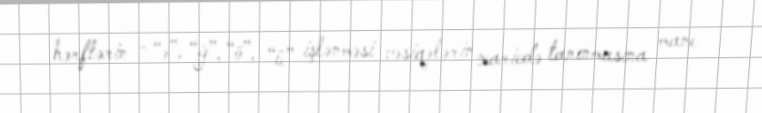
hərflərin - “ə”, “ğ”, “ö”, “ü” işlənməsi vəsiqələrin xaricdə tanınmasına mane